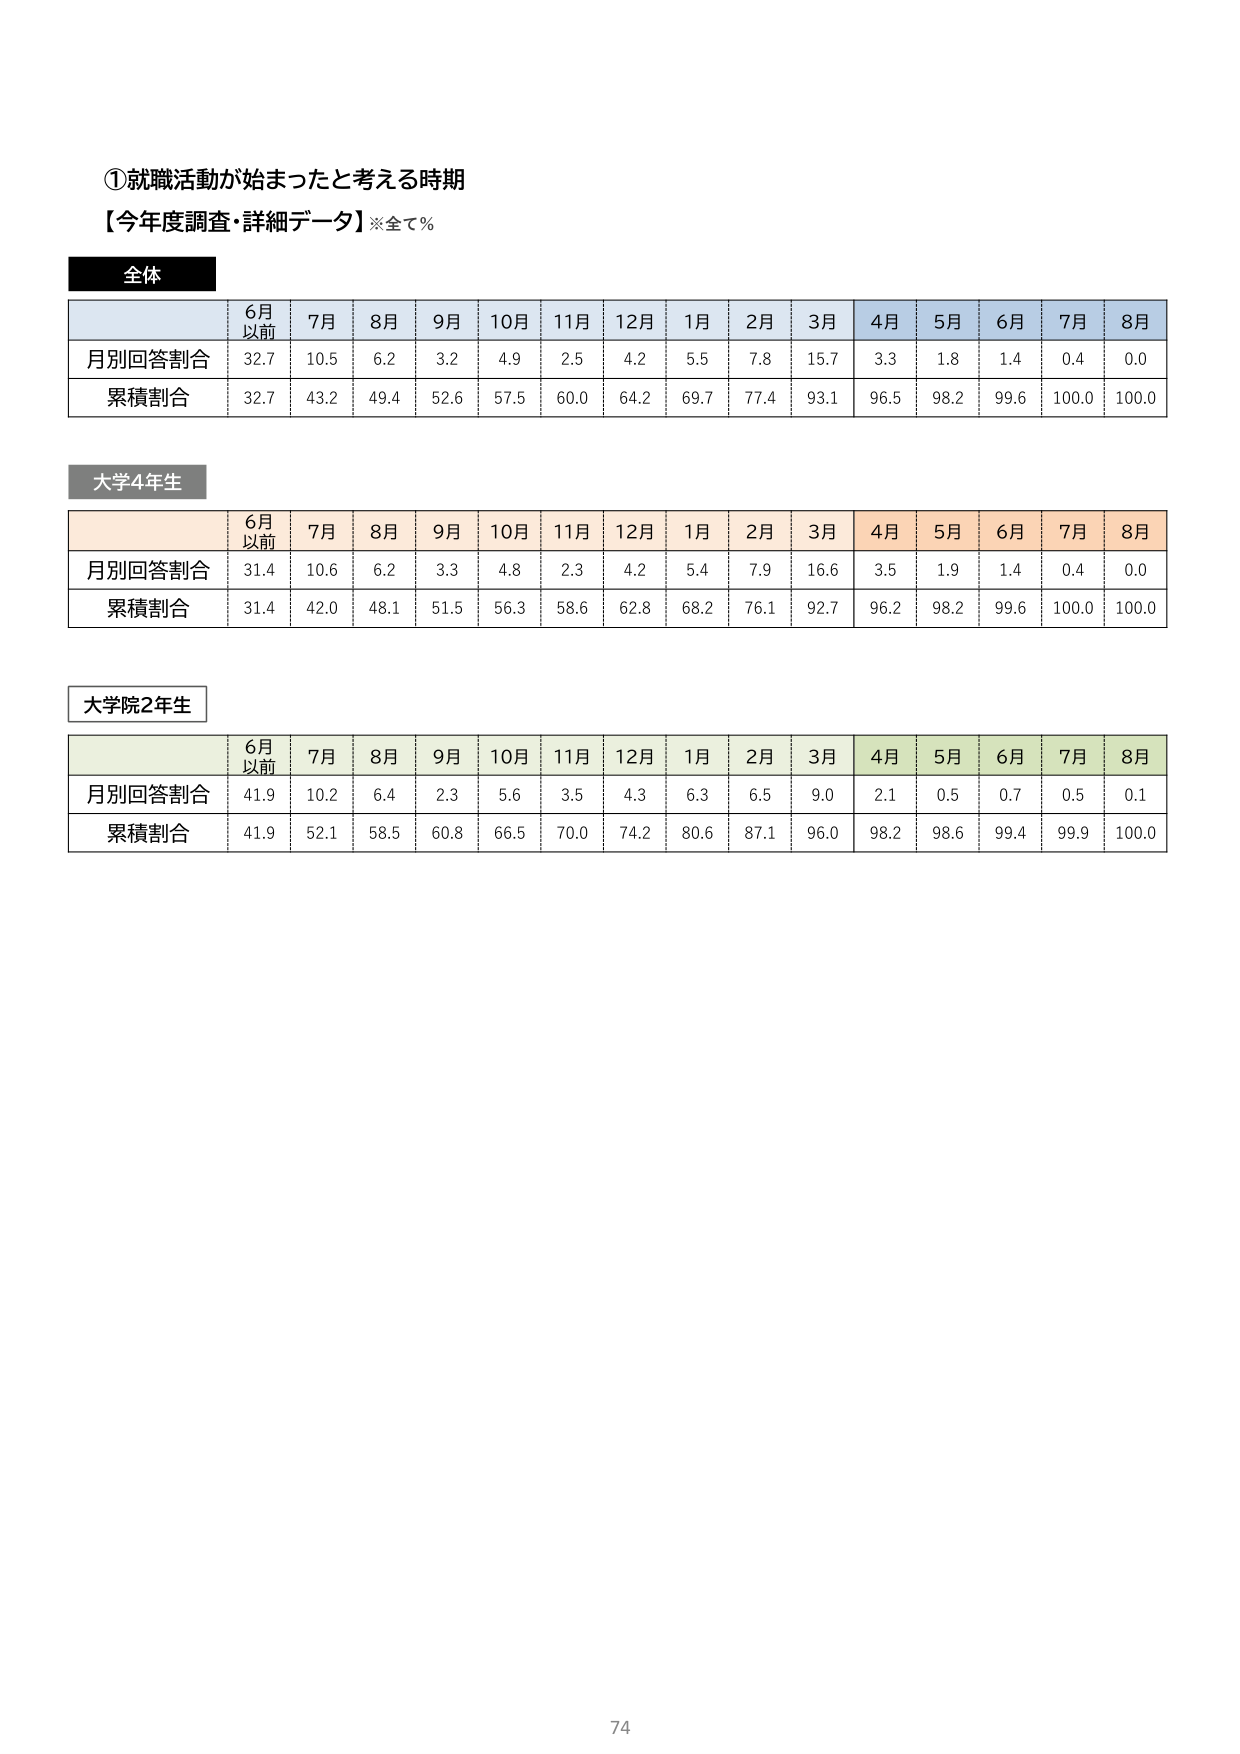
①就職活動が始まったと考える時期
【今年度調査・詳細データ】※全て％

全体
6月以前 7月 8月 9月 10月 11月 12月 1月 2月 3月 4月 5月 6月 7月 8月
月別回答割合 32.7 10.5 6.2 3.2 4.9 2.5 4.2 5.5 7.8 15.7 3.3 1.8 1.4 0.4 0.0
累積割合 32.7 43.2 49.4 52.6 57.5 60.0 64.2 69.7 77.4 93.1 96.5 98.2 99.6 100.0 100.0

大学4年生
6月以前 7月 8月 9月 10月 11月 12月 1月 2月 3月 4月 5月 6月 7月 8月
月別回答割合 31.4 10.6 6.2 3.3 4.8 2.3 4.2 5.4 7.9 16.6 3.5 1.9 1.4 0.4 0.0
累積割合 31.4 42.0 48.1 51.5 56.3 58.6 62.8 68.2 76.1 92.7 96.2 98.2 99.6 100.0 100.0

大学院2年生
6月以前 7月 8月 9月 10月 11月 12月 1月 2月 3月 4月 5月 6月 7月 8月
月別回答割合 41.9 10.2 6.4 2.3 5.6 3.5 4.3 6.3 6.5 9.0 2.1 0.5 0.7 0.5 0.1
累積割合 41.9 52.1 58.5 60.8 66.5 70.0 74.2 80.6 87.1 96.0 98.2 98.6 99.4 99.9 100.0

74